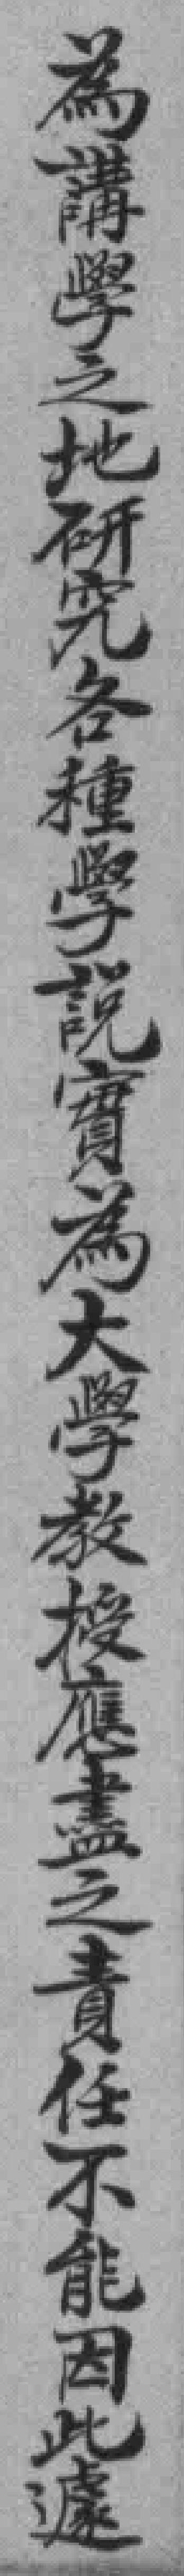
為講學之地研究各種學說實為大學教授應盡之責任不能因此遽